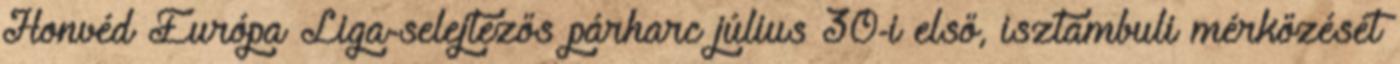
Honvéd Európa Liga-selejtezős párharc július 30-i első, isztambuli mérkőzését